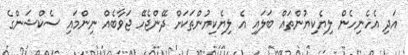
އަދި އެހެނިހެން ލިޔެކިޔުންތައް ބަލައި އެ ލިޔެކިޔުންތަކަށް ދޭންޖެހޭ ޖަވާބެއް ނިންމައި ސެކްޝަންގެ